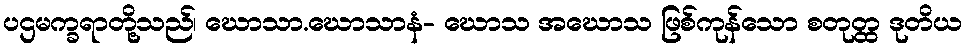
ပဌမက္ခရာတို့သည်၊ ဃောသာ.ဃောသာနံ- ဃောသ အဃောသ ဖြစ်ကုန်သော စတုတ္ထ ဒုတိယ